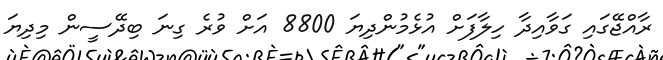
ރާއްޖޭގައި ގަވާއިދާ ހިލާފަށް އުޅެމުންދިޔަ 8800 އަށް ވުރެ ގިނަ ބިދޭސީން މިދިޔަ